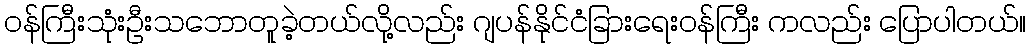
ဝန်ကြီးသုံးဦးသဘောတူခဲ့တယ်လို့လည်း ဂျပန်နိုင်ငံခြားရေးဝန်ကြီး ကလည်း ပြောပါတယ်။